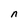
Character: n